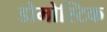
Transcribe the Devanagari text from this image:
डोमोस्टिक